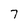
Character: 7